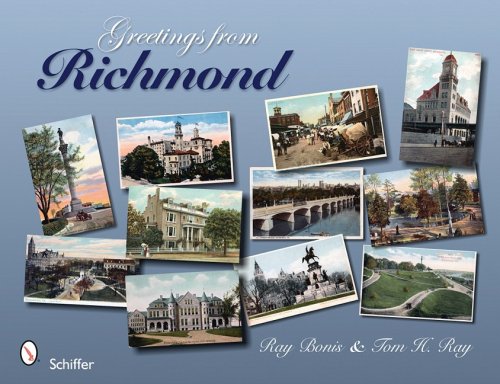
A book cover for Greetings from Richmond; Ray Bonis; Travel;